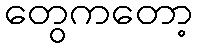
တွေကတော့